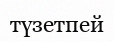
түзетпей